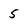
Character: 5